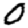
Digit: 0